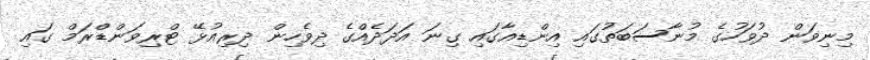
މިނިވަން ދުވަހުގެ މުނާސަބަތުގައި އިންޑިއާގައި ގިނަ އަދަދެއްގެ ދިވެހިން ދިރިއުޅޭ ޓްރިވަންޑްރަމް ގައި